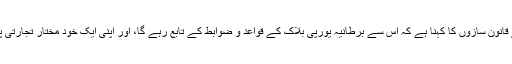
بریگزٹ کی حمایت کرنے والے قانون سازوں کا کہنا ہے کہ اس سے برطانیہ یورپی بلاک کے قواعد و ضوابط کے تابع رہے گا، اور اپنی ایک خود مختار تجارتی پالیسی پر عمل نہیں کر سکے گا۔